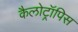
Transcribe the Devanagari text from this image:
कैलोट्रॉपिस